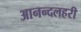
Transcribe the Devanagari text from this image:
आनन्दलहरी